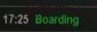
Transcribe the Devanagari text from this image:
भौतिकसामर्थय